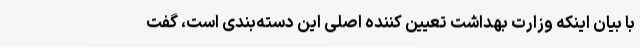
با بیان اینکه وزارت بهداشت تعیین کننده اصلی این دسته‌بندی است، گفت